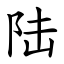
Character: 陆